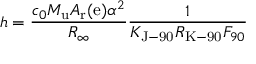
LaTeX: h = { \frac { c _ { 0 } M _ { \mathrm { { u } } } A _ { \mathrm { { r } } } ( \mathrm { { e } } ) \alpha ^ { 2 } } { R _ { \infty } } } { \frac { 1 } { K _ { \mathrm { { J - 9 0 } } } R _ { \mathrm { { K - 9 0 } } } F _ { 9 0 } } }